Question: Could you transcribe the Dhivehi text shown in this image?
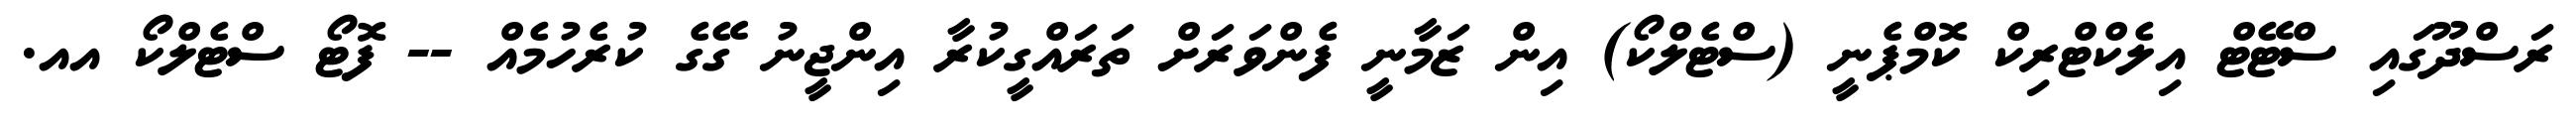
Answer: ރަސްދޫގައި ސްޓޭޓް އިލެކްޓްރިކް ކޮމްޕެނީ (ސްޓެލްކޯ) އިން ޒަމާނީ ފެންވަރަށް ތަރައްގީކުރާ އިންޖީނު ގޭގެ ކުރެހުމެއް -- ފޮޓޯ ސްޓެލްކޯ އއ.